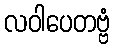
လဝါပေတဗ္ဗံ